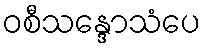
ဝစီသန္ဒောသံပေ